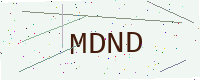
Text: MDND